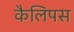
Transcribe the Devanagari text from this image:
कैलिपस